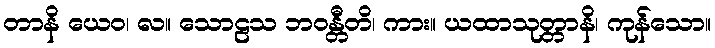
တာနိ ယေဝ၊ လ။ သောဠသ ဘဝန္တီတိ၊ ကား။ ယထာသုတ္တာနိ၊ ကုန်သော။